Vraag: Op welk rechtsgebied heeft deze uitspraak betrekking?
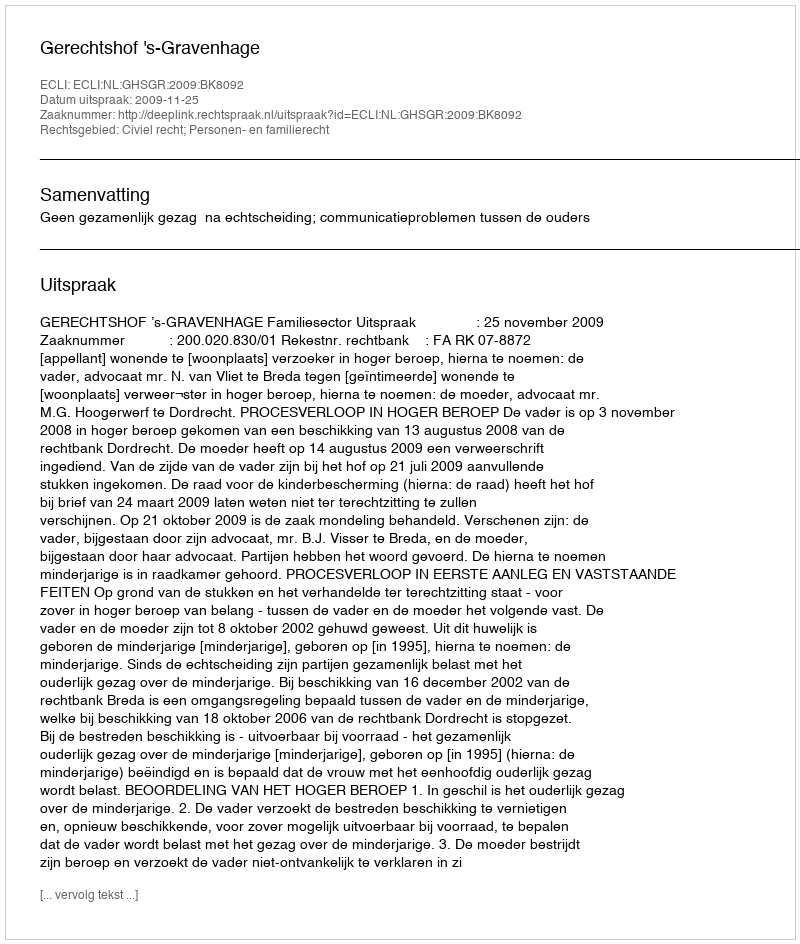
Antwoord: Civiel recht; Personen- en familierecht